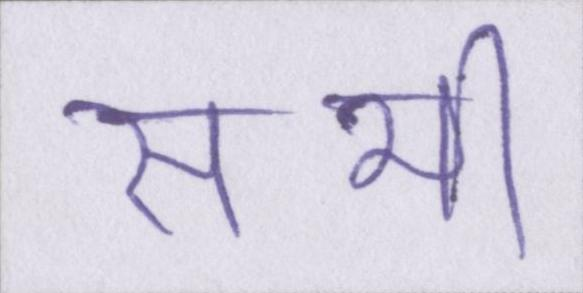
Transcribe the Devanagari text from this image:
सभी